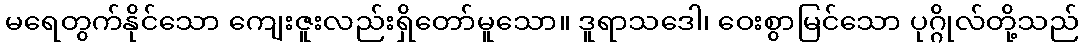
မရေတွက်နိုင်သော ကျေးဇူးလည်းရှိတော်မူသော။ ဒူရာသဒေါ၊ ဝေးစွာမြင်သော ပုဂ္ဂိုလ်တို့သည်